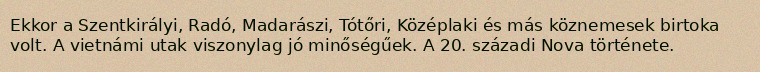
Ekkor a Szentkirályi, Radó, Madarászi, Tótőri, Középlaki és más köznemesek birtoka volt. A vietnámi utak viszonylag jó minőségűek. A 20. századi Nova története.